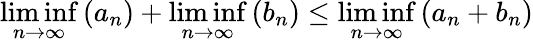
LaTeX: \underset{n\rightarrow\infty}{\operatorname*{lim}\operatorname*{inf}}\left(a_{n}\right)+\underset{n\rightarrow\infty}{\operatorname*{lim}\operatorname*{inf}}\left(b_{n}\right)\leq\underset{n\rightarrow\infty}{\operatorname*{lim}\operatorname*{inf}}\left(a_{n}+b_{n}\right)